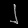
Digit: ၂